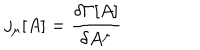
LaTeX: j _ { \mu } [ A ] = \frac { \delta \Gamma [ A ] } { \delta A ^ { \mu } }